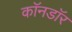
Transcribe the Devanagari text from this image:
काॅनडाॅर